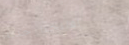
افتتحنا حديثاً